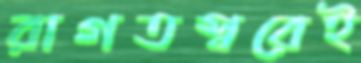
রাগতস্বরেই